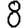
Digit: 8